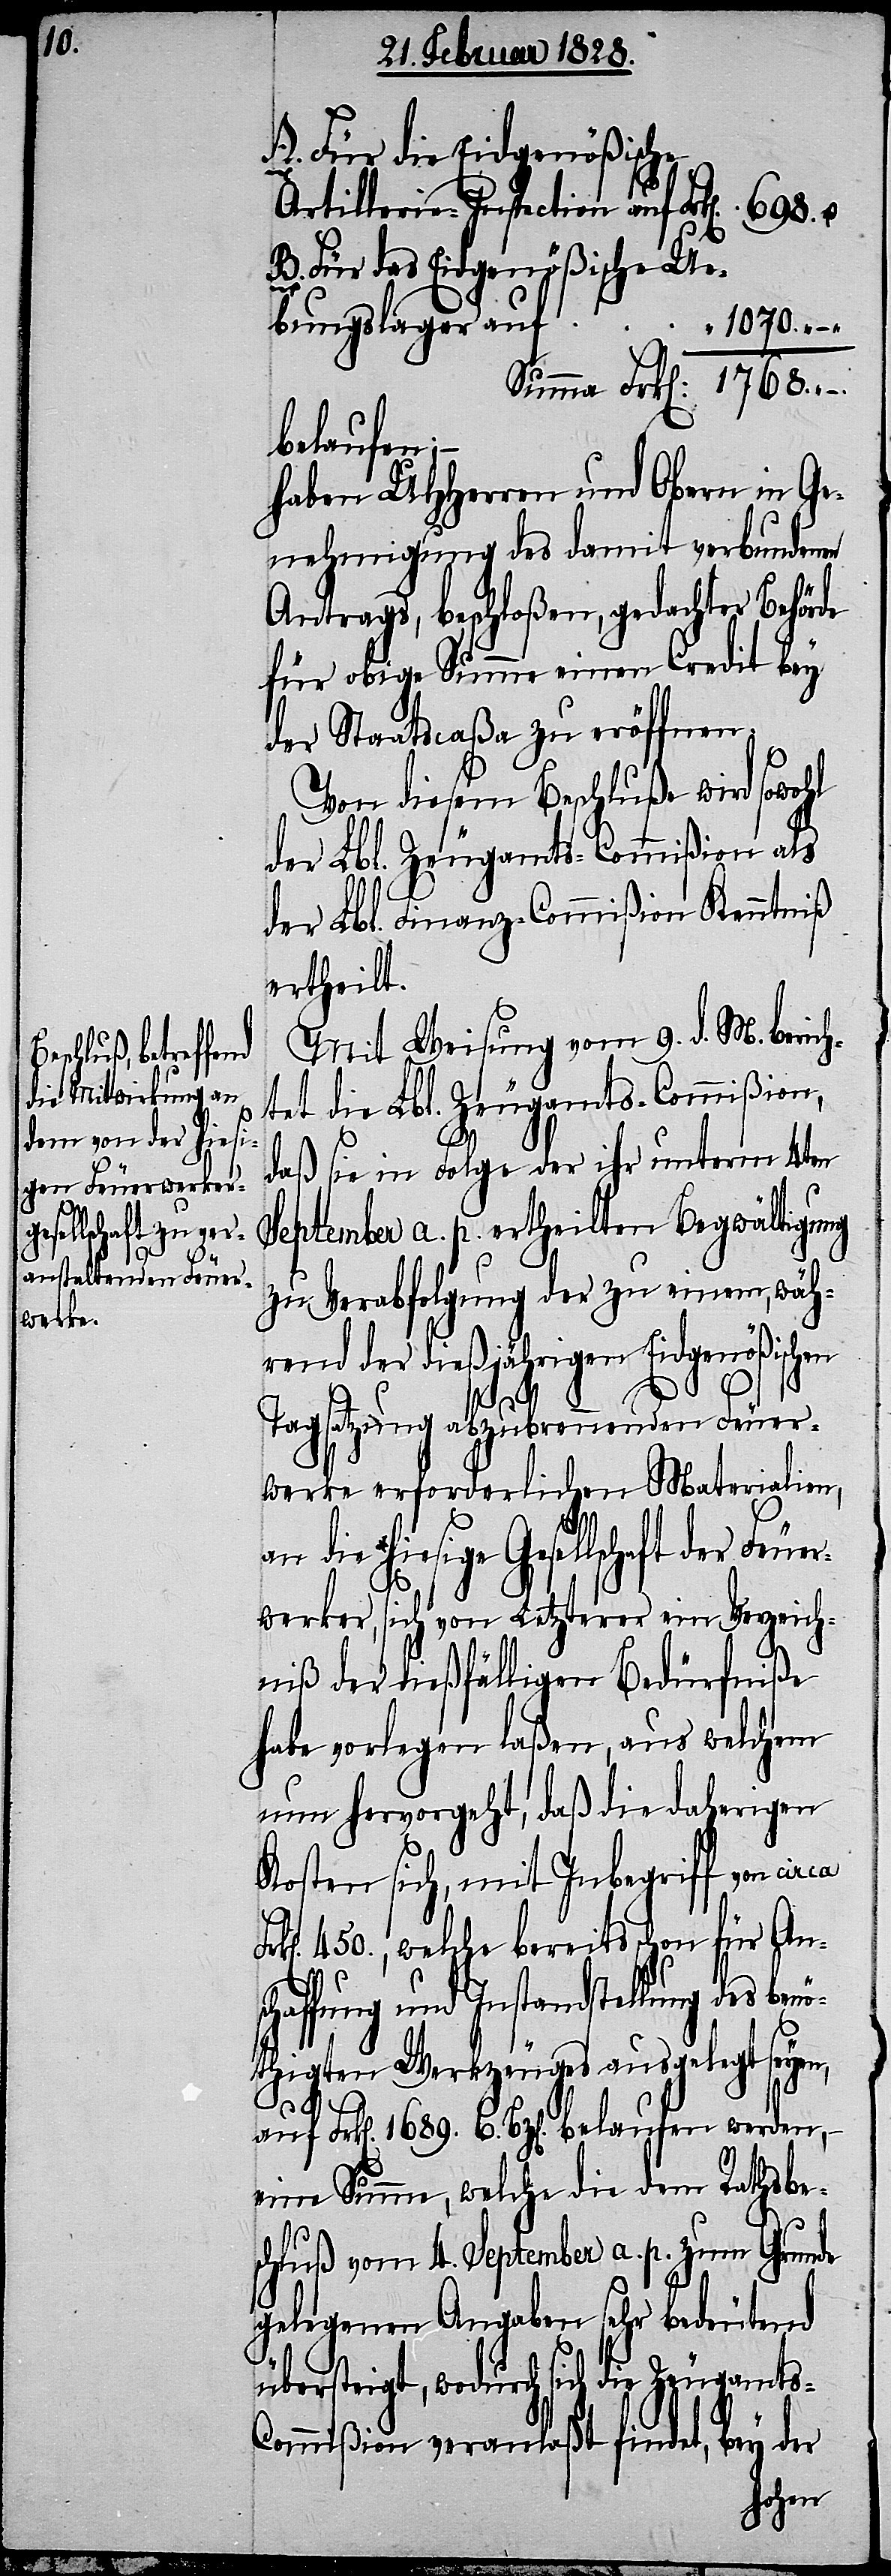
auf
d¬
werden,

Für die Eidgenößische
Artillerie-Inspection auf
1689. 6.
Für das Eidgenößische Ue¬
bungslager auf
1070. –
belaufen
haben UHHerren und Obern in Ge¬
nehmigung des damit verbundenen
Antrags, beschloßen, gedachter Behörde
für obige Summe einen Credit bey
der Staatscaßa zu eröffnen.
Von diesem Beschluße wird sowohl
der Lbl. Zeugamts-Commißion als
der Lbl. Finanz-Commißion Kenntniß
ertheilt.
Mit Weisung vom 9. d. M. berich¬
tet die Lbl. Zeugamts-Commißion,
daß sie in Folge der ihr unterm 4ten
September a. p. ertheilten Begwältigung
zu Verabfolgung der zu einem, wäh¬
rend der dießjährigen Eidgenößischen
A.
Tagsatzung abzubrennenden Feuer¬
werke erforderlichen Materialien,
ie hiesige Gesellschaft der Feue¬
rwerker, sich von Letzterer ein Verzeich¬
niß der dießfälligen Bedürfniße
habe vorlegen laßen, aus welchem
nun hervorgeht, daß die daherigen
Kosten sich, mit Inbegriff von cir¬
450., welche bereits schon für Ansc¬
haffung und Instandstellung des ben¬
öthigten Werkzeuges ausgelegt seyen,
eine Summe, welche die dem Rathsbe¬
schluß vom 4. September a. p. zum Grunde
gelegenen Angaben sehr bedeutend
übersteigt, wodurch sich die Zeugamts-C¬
ommißion veranlaßt findet, bey der